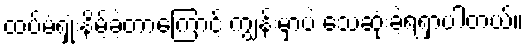
ထပ်မံရှုံးနိမ့်ခဲ့တာကြောင့် ကျွန်းမှာပဲ သေဆုံးခဲ့ရရှာပါတယ်။